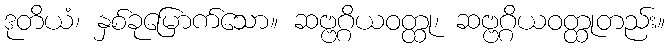
ဒုတိယံ၊ နှစ်ခုမြောက်သော။ ဆဗ္ဗဂ္ဂိယဝတ္ထု၊ ဆဗ္ဗဂ္ဂိယဝတ္ထုတည်း။